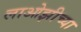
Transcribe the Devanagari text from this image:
लाओझीच्या